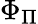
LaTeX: \Phi_{\Pi}